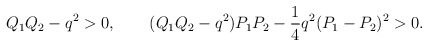
\begin{align*}Q_1Q_2-q^2>0,\ \ \ \ \ \ (Q_1Q_2-q^2)P_1P_2- {1\over 4} q^2(P_1-P_2)^2>0.\end{align*}